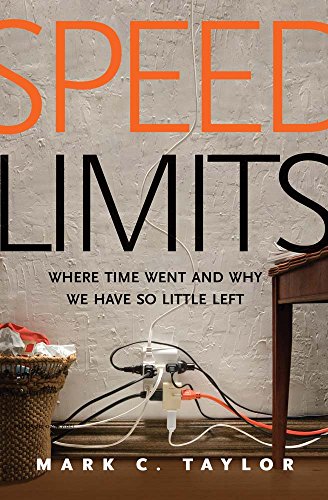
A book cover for Speed Limits: Where Time Went and Why We Have So Little Left; Mark C. Taylor; Politics & Social Sciences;